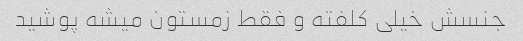
جنسش خیلی کلفته و فقط زمستون میشه پوشید